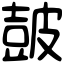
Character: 皷